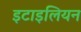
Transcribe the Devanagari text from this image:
इटाइलियन